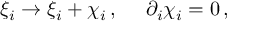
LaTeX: \xi _ { i } \to \xi _ { i } + \chi _ { i } \, , \, \, \, \, \, \, \, \, \partial _ { i } \chi _ { i } = 0 \, ,